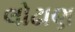
લોઢાણ